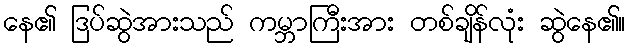
နေ၏ ဒြပ်ဆွဲအားသည် ကမ္ဘာကြီးအား တစ်ချိန်လုံး ဆွဲနေ၏။